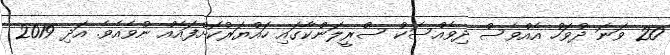
20 ވަނަ ދުވަހު އެއްވެސް ދިވެއްސަކު ސްރީލަންކާގައި ހައްޔަރުކޮށްފައެއް ނުވެއެވެ. އަދި 2019